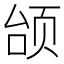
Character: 𫖭